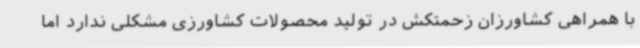
با همراهی کشاورزان زحمتکش در تولید محصولات کشاورزی مشکلی ندارد اما